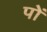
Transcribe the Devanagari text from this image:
पों